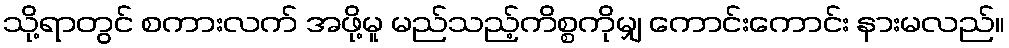
သို့ရာတွင် စကားလက် အဖို့မူ မည်သည့်ကိစ္စကိုမျှ ကောင်းကောင်း နားမလည်။